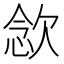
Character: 𣣈